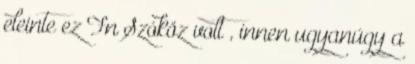
eleinte ez Fn Szóköz volt , innen ugyanúgy a